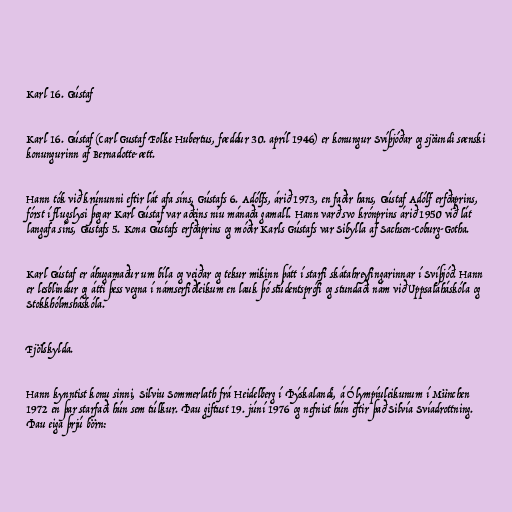
Karl 16. Gústaf

Karl 16. Gústaf (Carl Gustaf Folke Hubertus, fæddur 30. apríl 1946) er konungur Svíþjóðar og sjöundi sænski
konungurinn af Bernadotte-ætt.

Hann tók við krúnunni eftir lát afa síns, Gústafs 6. Adólfs, árið 1973, en faðir hans, Gústaf Adólf erfðaprins,
fórst í flugslysi þegar Karl Gústaf var aðeins níu mánaða gamall. Hann varð svo krónprins árið 1950 við lát
langafa síns, Gústafs 5. Kona Gústafs erfðaprins og móðir Karls Gústafs var Sibylla af Sachsen-Coburg-Gotha.

Karl Gústaf er áhugamaður um bíla og veiðar og tekur mikinn þátt í starfi skátahreyfingarinnar í Svíþjóð. Hann
er lesblindur og átti þess vegna í námserfiðleikum en lauk þó stúdentsprófi og stundaði nám við Uppsalaháskóla og
Stokkhólmsháskóla.

Fjölskylda.

Hann kynntist konu sinni, Silviu Sommerlath frá Heidelberg í Þýskalandi, á Ólympíuleikunum í München
1972 en þar starfaði hún sem túlkur. Þau giftust 19. júní 1976 og nefnist hún eftir það Silvía Svíadrottning.
Þau eiga þrjú börn: